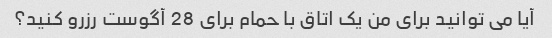
آیا می توانید برای من یک اتاق با حمام برای 28 آگوست رزرو کنید؟